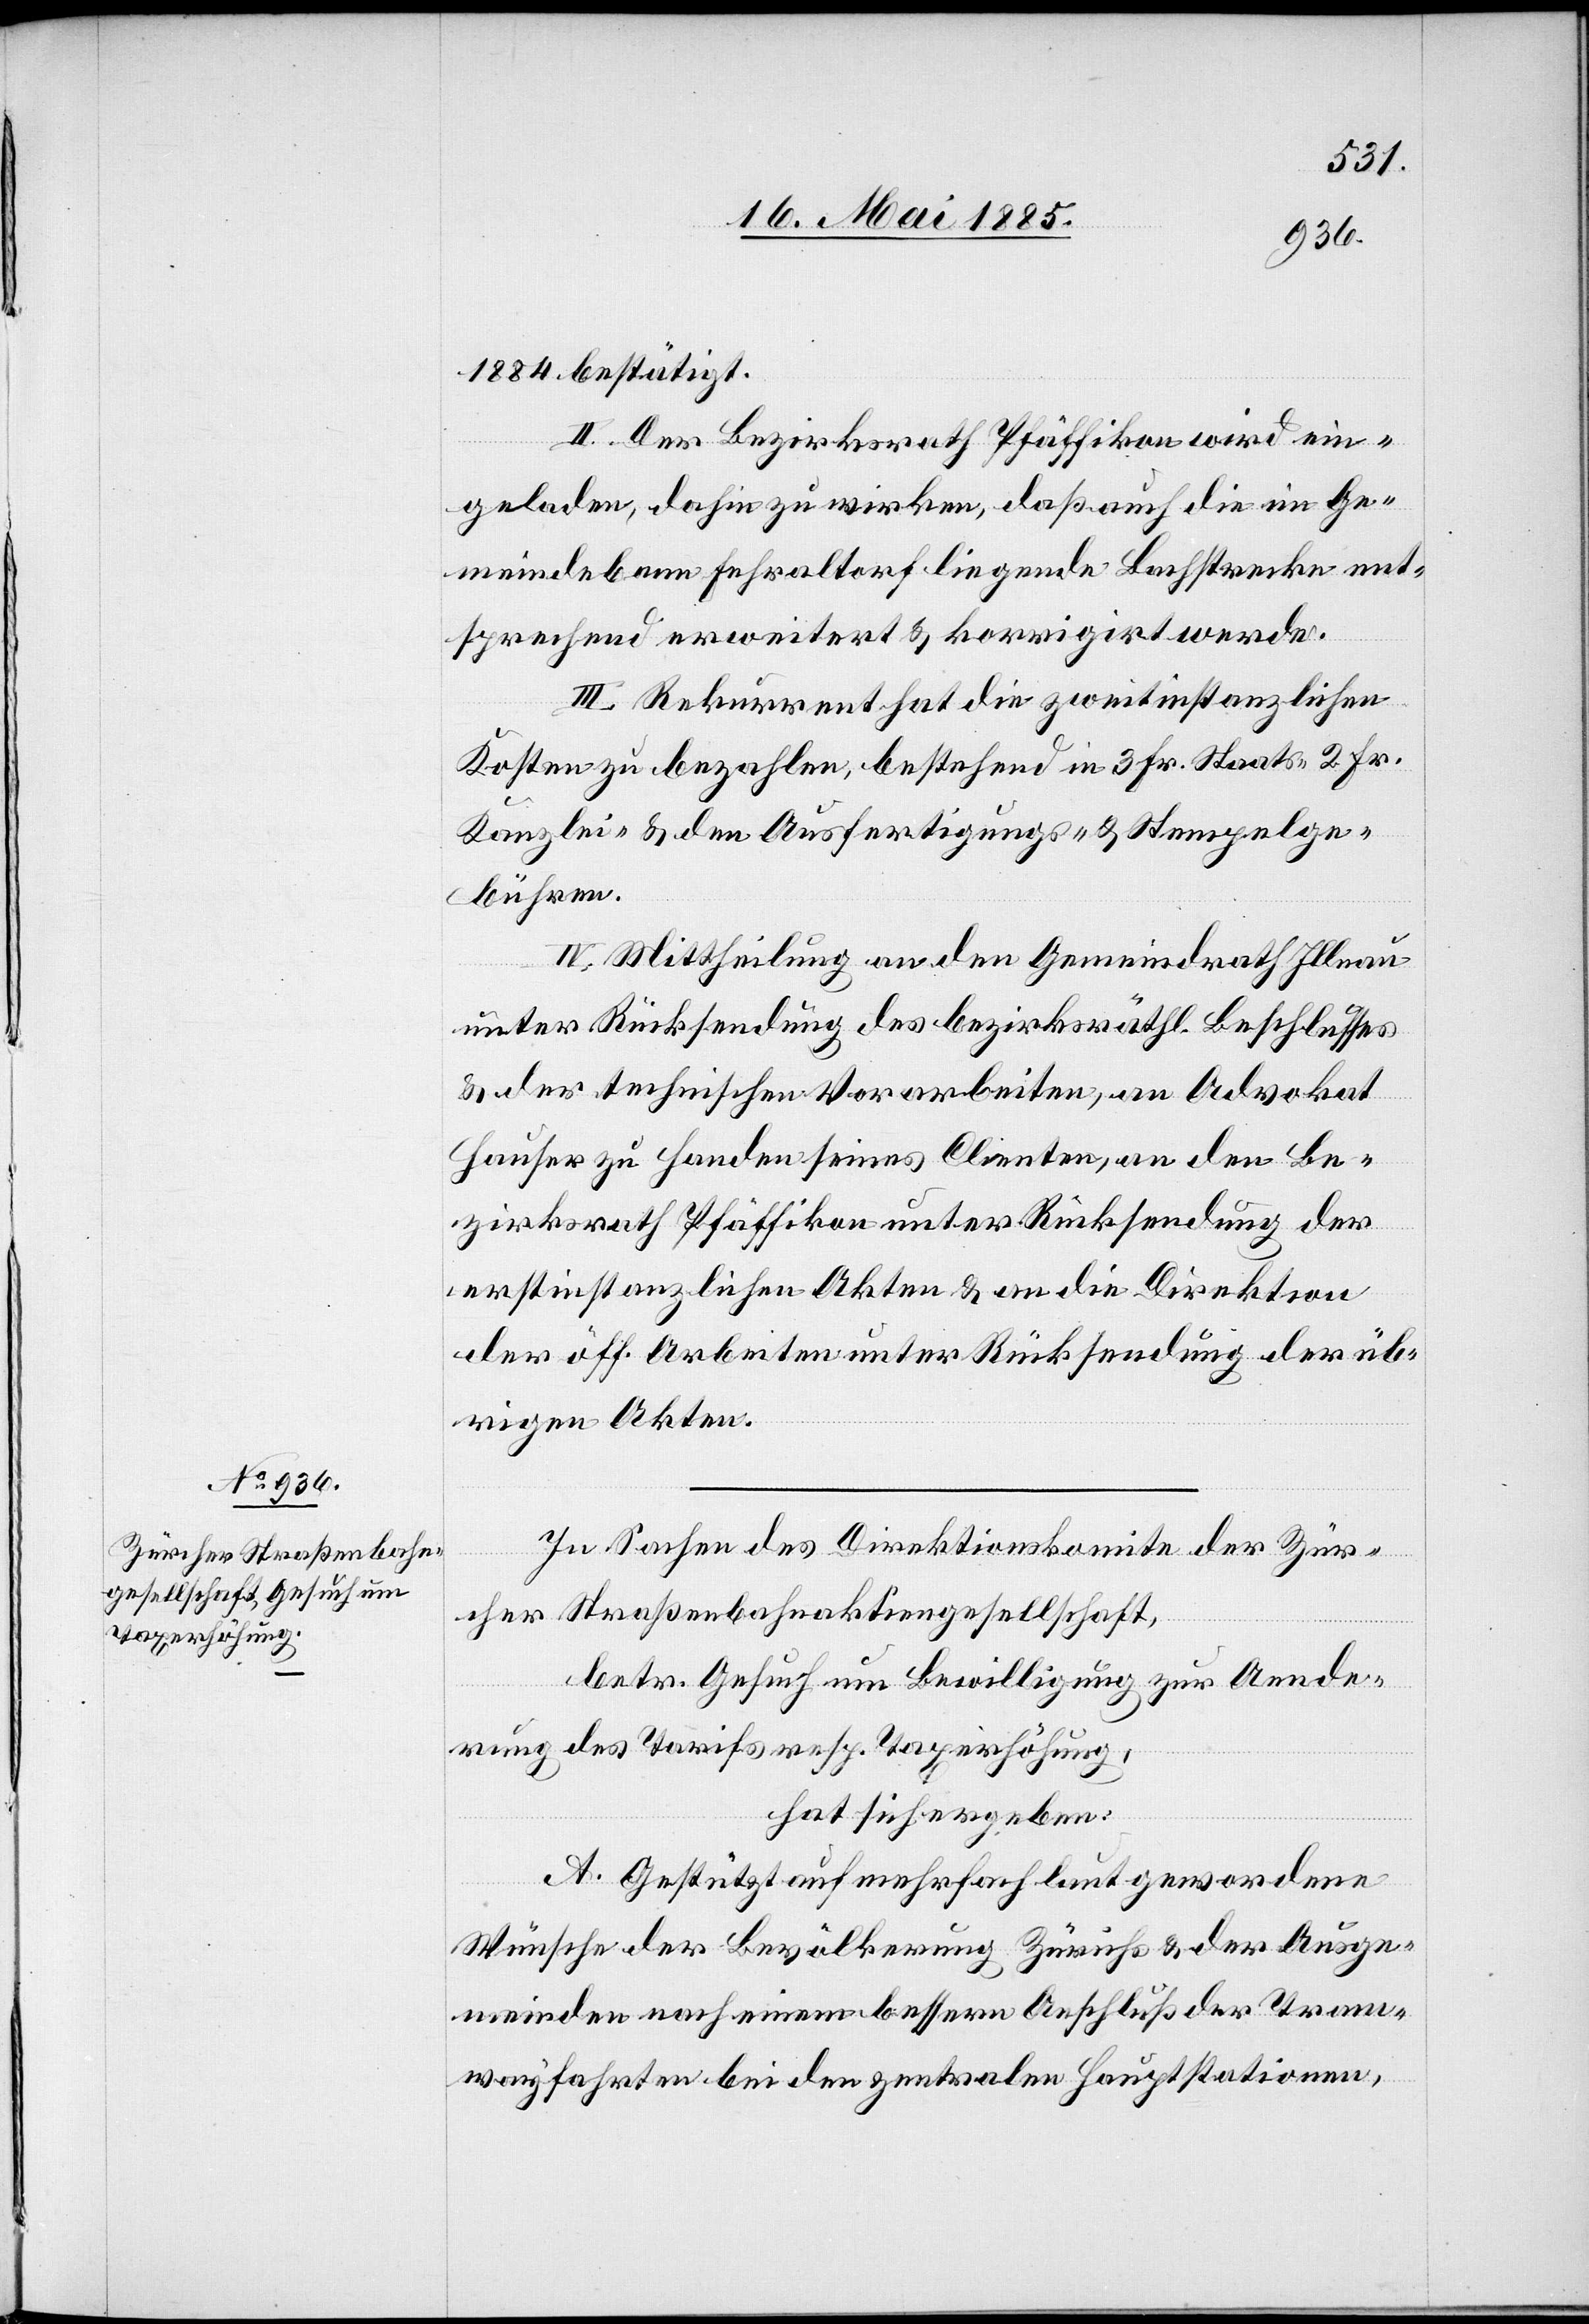
1884 bestätigt.
II. Der Bezirksrath Pfäffikon wird ein¬
geladen, dahin zu wirken, daß auch die im Ge¬
meindebann Fehraltorf liegende Bachstrecke ent¬
sprechend erweitert & korrigirt werde.
III. Rekurrent hat die zweitinstanzlichen
Kosten zu bezahlen, bestehend in 3 Fr. Staats-[,] 2 Fr.
Kanzlei- & den Ausfertigungs- & Stempelge¬
bühren.
IV. Mittheilung an den Gemeindrath Illnau
unter Rücksendung des bezirksräthl. Beschlusses
& der technischen Vorarbeiten, an Advokat
Hauser zu Handen seines Clienten, an den Be¬
zirksrath Pfäffikon unter Rücksendung der
erstinstanzlichen Akten & an die Direktion
der öff. Arbeiten unter Rücksendung der üb¬
rigen Akten.
In Sachen des Direktionskomite der Zür¬
cher Straßenbahnaktiengesellschaft,
betr. Gesuch um Bewilligung zur Aende¬
rung des Tarifs resp. Taxerhöhung,
hat sich ergeben:
A. Gestützt auf mehrfach laut gewordene
Wünsche der Bevölkerung Zürichs & der Ausge¬
meinden nach einem bessern Anschluß der Tram¬
wayfahrten bei den zentralen Hauptstationen,